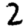
Digit: 2